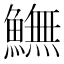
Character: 𩻚